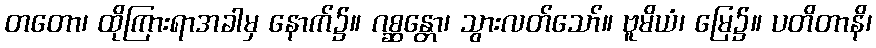
တတော၊ ထိုကြားရာအခါမှ နောက်၌။ ဂစ္ဆန္တော၊ သွားလတ်သော်။ ဗူမိယံ၊ မြေ၌။ ပတိတာနိ၊